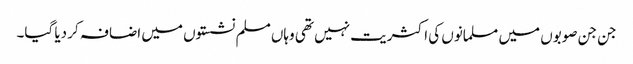
جن جن صوبوں میں مسلمانوں کی اکثریت نہیں تھی وہاں مسلم نشستوں میں اضافہ کر دیا گیا۔